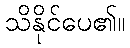
သိနိုင်ပေ၏။